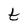
Character: t